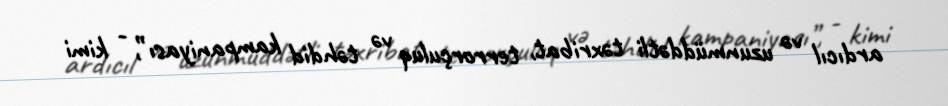
ardıcıl və uzunmüddətli təxribat, terrorçuluq və təhdid kampaniyası”, - kimi